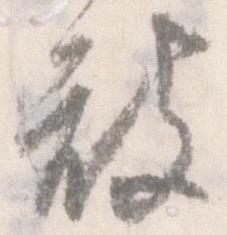
被